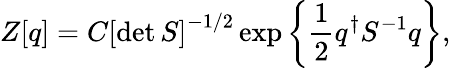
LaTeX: Z[q]=C\left[\operatorname*{det}S\right]^{-1/2}\exp\left\{ \frac{1}{2}q^{\dagger}S^{-1}q\right\} ,